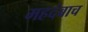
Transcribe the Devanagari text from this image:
महदंबाच